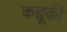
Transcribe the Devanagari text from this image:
कद्दूकी